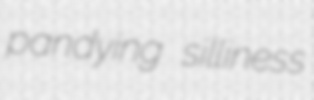
pandying silliness